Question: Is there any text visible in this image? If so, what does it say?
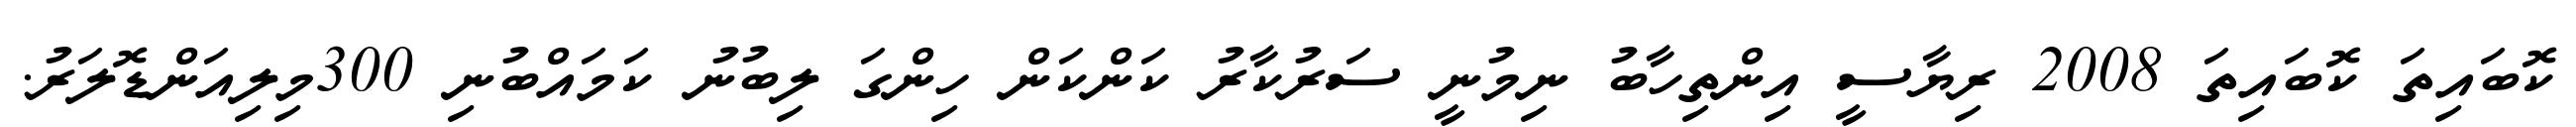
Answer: ކޮބައިތަ ކޮބައިތަ 2008 ރިޔާސީ އިންތިހާބު ނިމުނީ ސަރުކާރު ކަންކަން ހިންގަ ލިބުނު ކަމައްބުނި 300މިލިއަންޑޮލަރު.